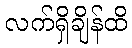
လက်ရှိချိန်ထိ